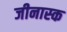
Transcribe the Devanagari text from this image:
जीनास्‍क